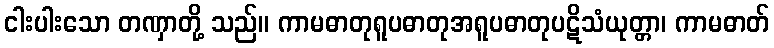
ငါးပါးသော တဏှာတို့ သည်။ ကာမဓာတုရူပဓာတုအရူပဓာတုပဋိသံယုတ္တာ၊ ကာမဓာတ်